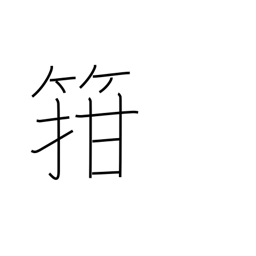
Meaning: fit into